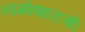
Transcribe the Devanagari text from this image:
नाग्केशाराची